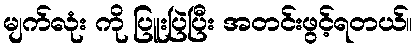
မျက်လုံး ကို ပြူးပြဲပြီး အတင်းဖွင့်ရတယ်။